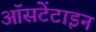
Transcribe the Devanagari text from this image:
ऑसटेंटाइन